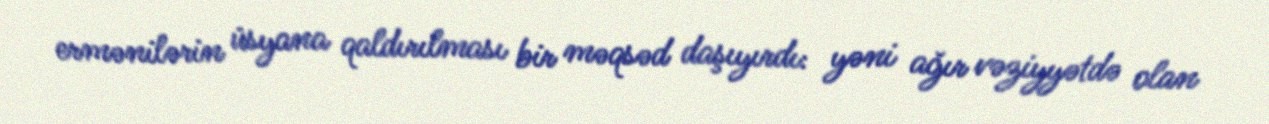
ermənilərin üsyana qaldırılması bir məqsəd daşıyırdı: yəni ağır vəziyyətdə olan